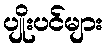
ပျိုးပင်များ